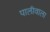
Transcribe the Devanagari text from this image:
पालीवाला